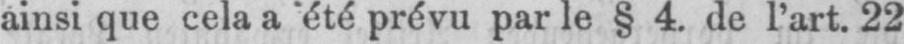
ainsi que cela a été prévu par le §4. de l’art. 22